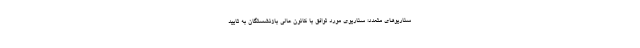
سناریوهای متعدد؛ سناریوی مورد توافق با کانون عالی بازنشستگان به تایید